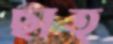
ছাত্